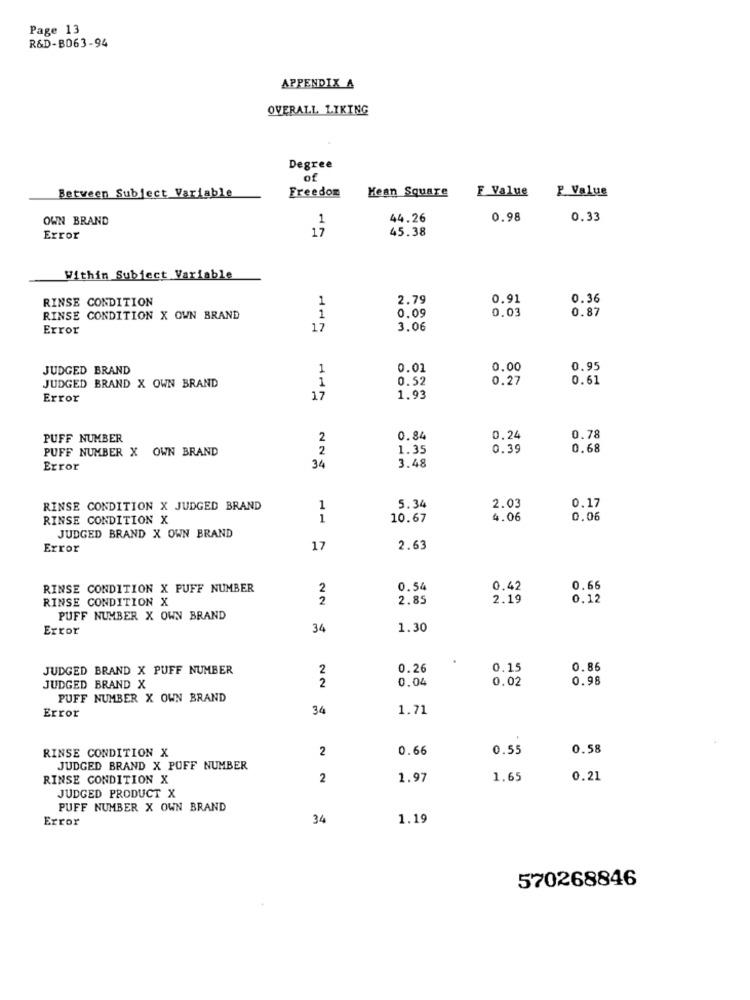
Page 13
R&D-B063-94
APPENDIX A
OVERALL 1.IKING
Degree
of
Freedom
F Value
P. Value
Between Subject Variable
Kean Square
OWN BRAND
44.26
0.98
0.33
17
1
45.38
Error
Within Subject Variable
RINSE CONDITION
1
2.79
0.91
0.36
0.09
0.03
0.87
RINSE CONDITION X OWN BRAND
1
Error
17
3.06
JUDGED BRAND
1
0.01
0.00
0.95
JUDGED BRAND X OWN BRAND
1
0.52
0.27
0.61
Error
17
1.93
PUFF NUMBER
2
0.84
0,24
0.78
PUFF NUMBER X OWN BRAND
2
1.35
0.39
0.68
Error
34
3.48
RINSE CONDITION X JUDGED BRAND
1
5.34
2.03
0.17
RINSE CONDITION X
1
10.67
4.06
0.06
JUDGED BRAND X OWN BRAND
Error
17
2.63
RINSE CONDITION X PUFF NUMBER
2
0.54
0.42
0.66
RINSE CONDITION X
2
2.85
2.19
0.12
PUFF NUMBER X OWN BRAND
Error
34
1.30
JUDGED BRAND X PUFF NUMBER
2
0.26
0.15
0.86
2
0.04
0.02
0.98
JUDGED BRAND X
PUFF NUMBER X OWN BRAND
34
1.71
Error
RINSE CONDITION X
2
0.66
0.55
0.58
JUDGED BRAND X PUFF NUMBER
RINSE CONDITION X
2
1.97
1.65
0.21
JUDGED PRODUCT X
PUFF NUMBER X OWN BRAND
Error
34
1.19
570268846